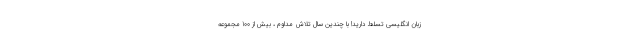
زبان انگلیسی تسلط دارید! با چندین سال تلاش مداوم ، بیش از 100 مجموعه